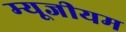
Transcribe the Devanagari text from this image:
म्‍यूजीयम